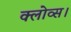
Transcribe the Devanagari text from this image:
क्लोव्स।